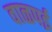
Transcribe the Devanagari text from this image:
वाळपई